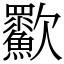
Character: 㱎